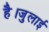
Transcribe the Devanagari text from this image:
है।जुलाई